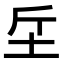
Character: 𣂓